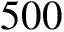
5 0 0